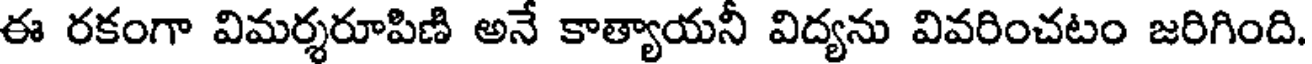
ఈ రకంగా విమర్శరూపిణి అనే కాత్యాయనీ విద్యను వివరించటం జరిగింది